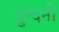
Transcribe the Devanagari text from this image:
सुन्दनी